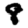
Digit: 8